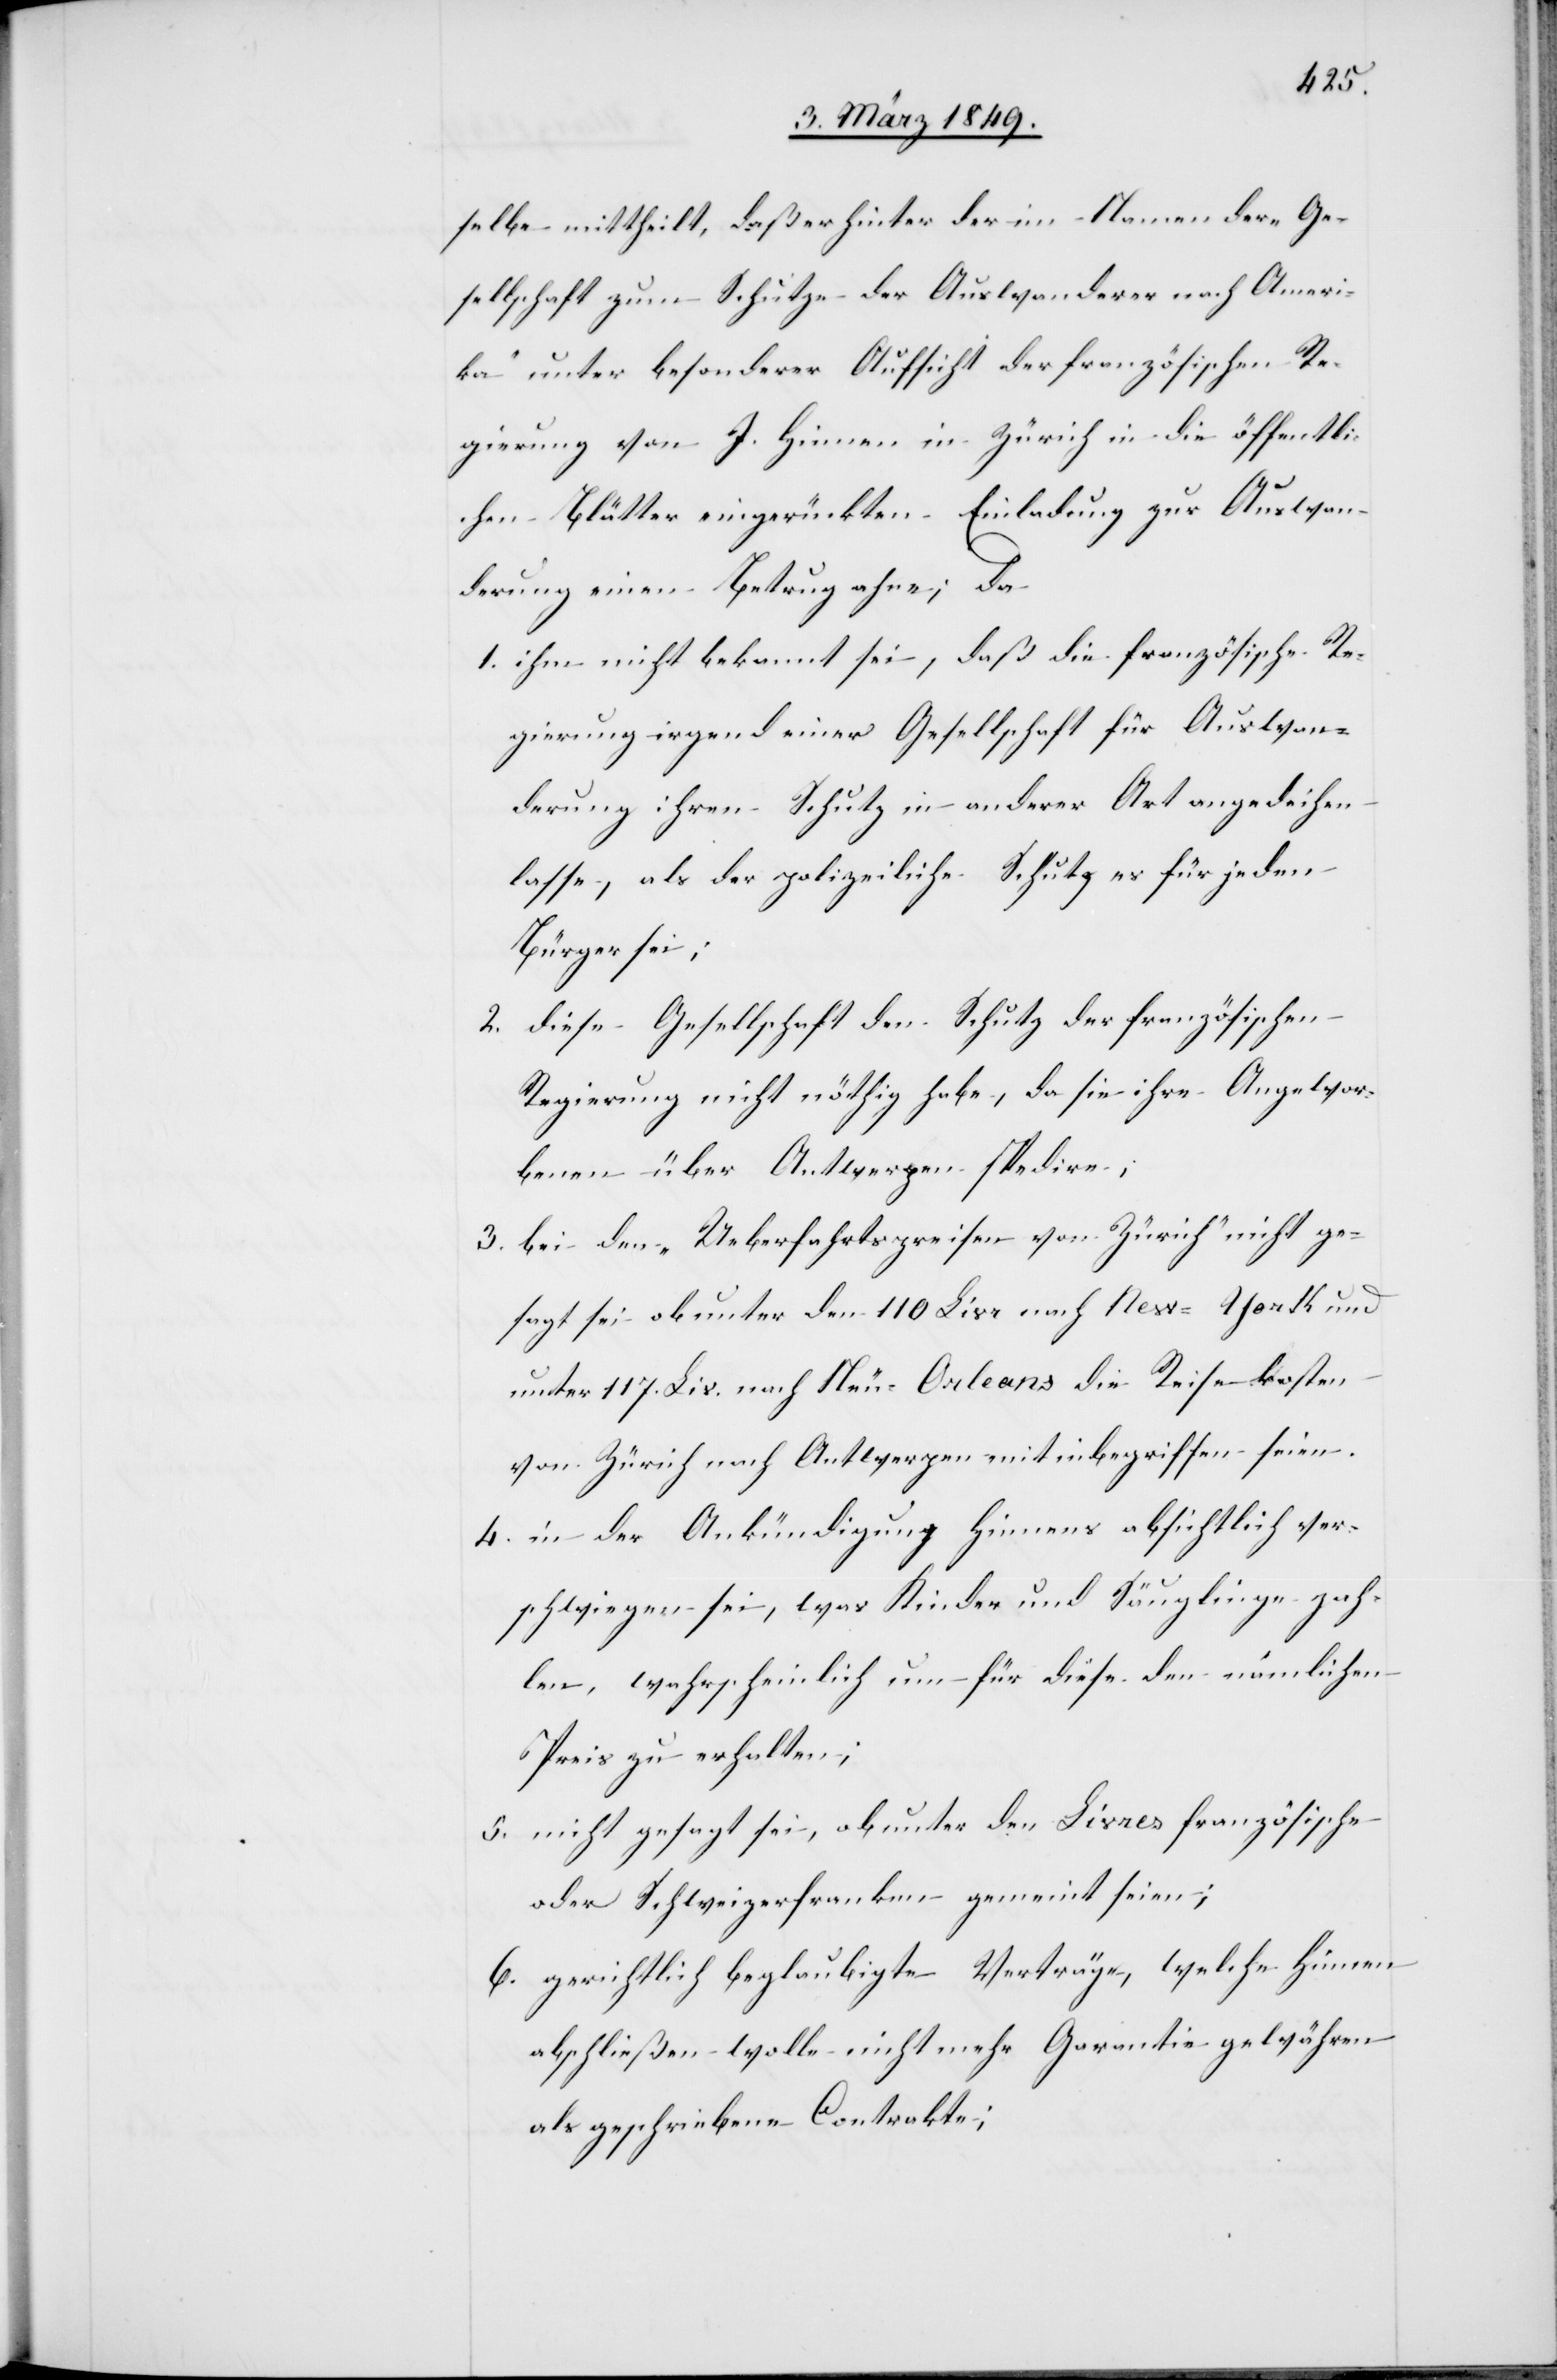
selbe mittheilt, daß er hinter der im Namen der „Ge¬
sellschaft zum Schutze der Auswanderer nach Ameri¬
ka“ unter besonderer Aufsicht der französischen Re¬
gierung von J. Hinnen in Zürich in die öffentli¬
chen Blätter eingerückten Einladung zur Auswan¬
derung einen Betrug ahne; da
1. ihm nicht bekannt sei, daß die französische Re¬
gierung irgend einer Gesellschaft für Auswan¬
derung ihren Schutz in anderer Art angedeihen
lasse, als der polizeiliche Schutz es für jeden
Bürger sei;
2. diese Gesellschaft den Schutz der französischen
Regierung nicht nöthig habe, da sie ihre Angewor¬
benen über Antwerpen spedire;
3. bei den „Ueberfahrtspreisen von Zürich“ nicht ge¬
sagt sei ob unter den 110 Livr nach New-York und
unter 117. Liv. nach Neu-Orleans die Reisekosten
von Zürich nach Antwerpen mit inbegriffen seien.
4. in der Ankündigung Hinnens absichtlich ver¬
schwiegen sei, was Kinder und Säuglinge zah¬
len, wahrscheinlich um für diese den nämlichen
Preis zu erhalten;
5. nicht gesagt sei, ob unter den Livres französische
oder Schweizerfranken gemeint seien;
6. gerichtlich beglaubigte Verträge, welche Hinnen
abschließen wolle nicht mehr Garantie gewähren
als geschriebene Contrakte;